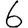
Digit: 6